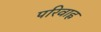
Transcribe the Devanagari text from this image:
परिवाह्न